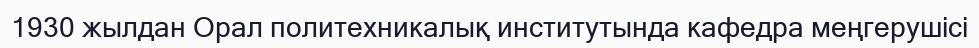
1930 жылдан Орал политехникалық институтында кафедра меңгерушісі